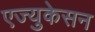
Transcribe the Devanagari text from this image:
एज्युकेसन